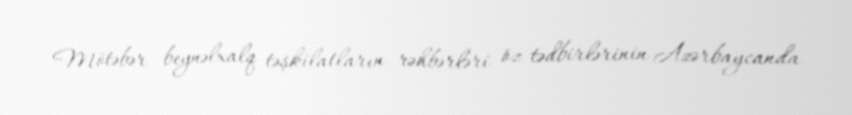
Mötəbər beynəlxalq təşkilatların rəhbərləri öz tədbirlərinin Azərbaycanda